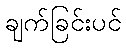
ချက်ခြင်းပင်